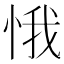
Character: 𱞛